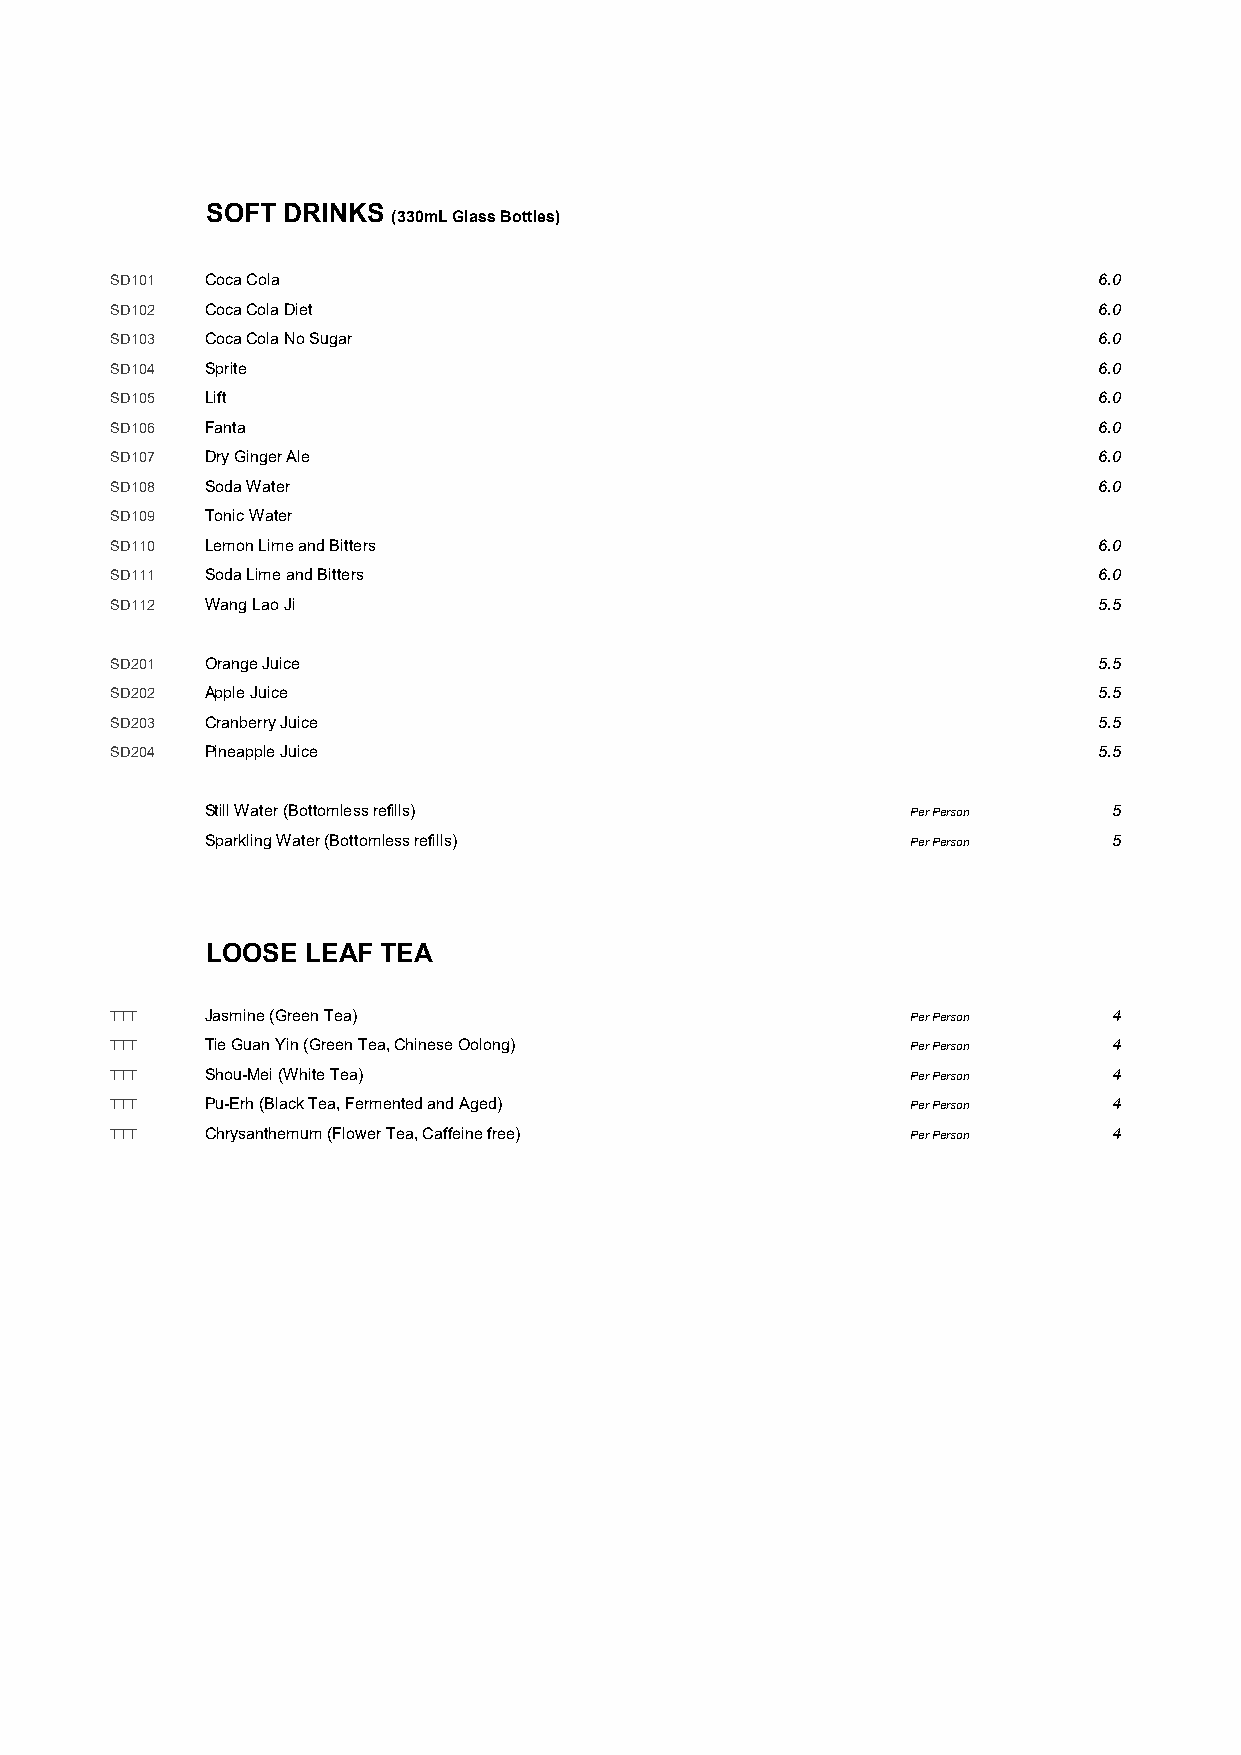
SOFT DRINKS
 (330mL Glass Bottles)
 SD101  Coca Cola                                                  6.0
 SD102  Coca Cola Diet                                             6.0
 SD103  Coca Cola No Sugar                                         6.0
 SD104  Sprite                                                     6.0
 SD105  Lift                                                       6.0
 SD106  Fanta                                                      6.0
 SD107  Dry Ginger Ale                                             6.0
 SD108  Soda Water                                                 6.0
 SD109  Tonic Water
 SD110  Lemon Lime and Bitters                                     6.0
 SD111  Soda Lime and Bitters                                      6.0
 SD112  Wang Lao Ji                                                5.5
 SD201  Orange Juice                                               5.5
 SD202  Apple Juice                                                5.5
 SD203  Cranberry Juice                                            5.5
 SD204  Pineapple Juice                                            5.5
 Still Water (Bottomless refills)              Per Person    5
 Sparkling Water (Bottomless refills)          Per Person    5
 LOOSE LEAF TEA
 TTT    Jasmine (Green Tea)                           Per Person    4
 TTT    Tie Guan Yin (Green Tea, Chinese Oolong)      Per Person    4
 TTT    Shou-Mei (White Tea)                          Per Person    4
 TTT    Pu-Erh (Black Tea, Fermented and Aged)        Per Person    4
 TTT    Chrysanthemum (Flower Tea, Caffeine free)     Per Person    4